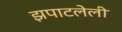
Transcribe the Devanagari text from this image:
झपाटलेली